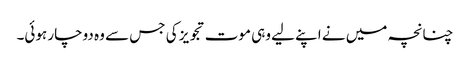
چنانچہ میں نے اپنے لیے وہی موت تجویز کی جس سے وہ دوچار ہوئی۔